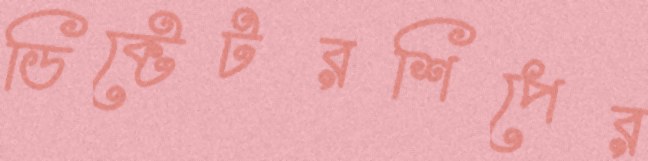
ডিক্টেটরশিপের